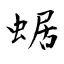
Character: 蜛